Source: Handwritten
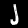
Digit: ၂ (2)